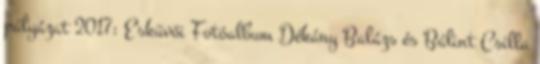
pályázat 2017: Esküvői Fotóalbum Dékány Balázs és Bálint Csilla